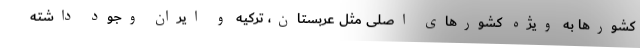
کشورها به ویژه کشورهای اصلی مثل عربستان، ترکیه و ایران وجود داشته